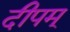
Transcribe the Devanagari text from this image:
दीपम्‌